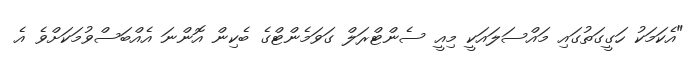
"އެކަމަކު ހަގީގަތުގައި މައްސަލައަކީ މިއީ ސެންޓްރަލް ގަވަމެންޓްގެ ބެކިން އޮންނަ އެއްބަސްވުމަކަށްވެ އެ